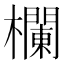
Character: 欄